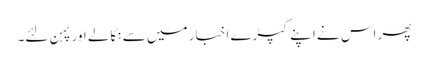
پھر اس نے اپنے کپڑے اخبار میں سے نکالے اور پہن لئے۔